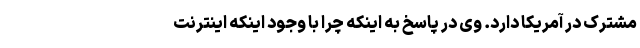
مشترک در آمریکا دارد. وی در پاسخ به اینکه چرا با وجود اینکه اینترنت